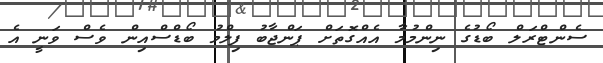
ސެންޓްރަލް ބޯޑުގެ ނިންމުމާ އެއްގޮތަށް ޕަންޖާބު ފިލްމު ބޯޑްސްއިން ވެސް ވަނީ އެ